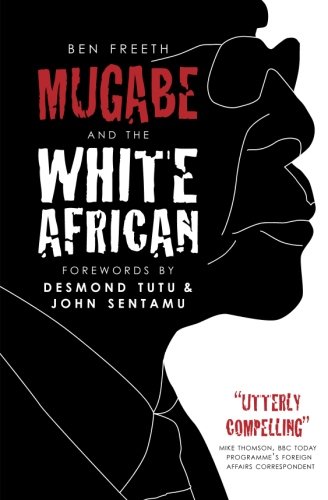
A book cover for Mugabe and the White African; Ben Freeth; History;